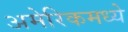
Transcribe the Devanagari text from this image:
अमेरिकमध्ये